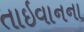
તાઇવાનના